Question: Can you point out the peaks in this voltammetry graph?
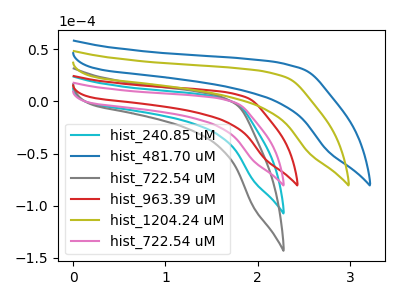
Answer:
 <answer>The cyan curve "hist_240.85 uM" has no peaks. The blue curve "hist_481.70 uM" has no peaks. The gray curve "hist_722.54 uM" has no peaks. The red curve "hist_963.39 uM" has no peaks. The olive curve "hist_1204.24 uM" has no peaks. The pink curve "hist_722.54 uM" has no peaks.</answer>
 <eval></eval>